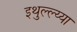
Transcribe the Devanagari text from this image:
इथुल्ल्य्या